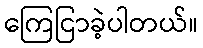
ကြေငြာခဲ့ပါတယ်။